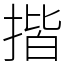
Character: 揩